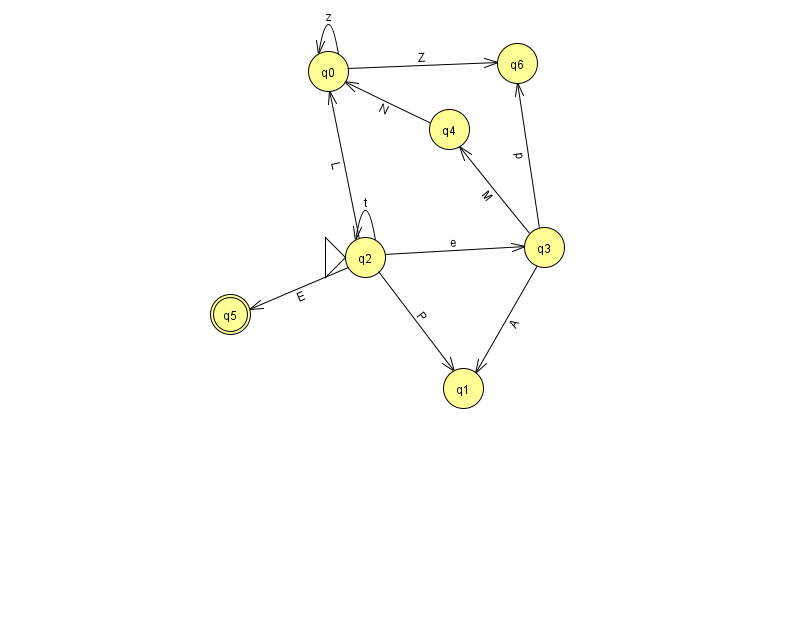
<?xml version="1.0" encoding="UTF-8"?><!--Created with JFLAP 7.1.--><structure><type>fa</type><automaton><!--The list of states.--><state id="0" name="q0"><x>328.0</x><y>58.0</y></state><state id="1" name="q1"><x>463.0</x><y>375.0</y></state><state id="2" name="q2"><x>365.0</x><y>244.0</y><initial/></state><state id="3" name="q3"><x>544.0</x><y>234.0</y></state><state id="4" name="q4"><x>449.0</x><y>116.0</y></state><state id="5" name="q5"><x>230.0</x><y>301.0</y><final/></state><state id="6" name="q6"><x>517.0</x><y>50.0</y></state><!--The list of transitions.--><transition><from>3</from><to>1</to><read>A</read></transition><transition><from>2</from><to>3</to><read>e</read></transition><transition><from>4</from><to>0</to><read>N</read></transition><transition><from>3</from><to>4</to><read>M</read></transition><transition><from>0</from><to>6</to><read>Z</read></transition><transition><from>2</from><to>2</to><read>t</read></transition><transition><from>2</from><to>5</to><read>E</read></transition><transition><from>2</from><to>1</to><read>P</read></transition><transition><from>2</from><to>0</to><read>L</read></transition><transition><from>3</from><to>6</to><read>p</read></transition><transition><from>0</from><to>0</to><read>z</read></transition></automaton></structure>